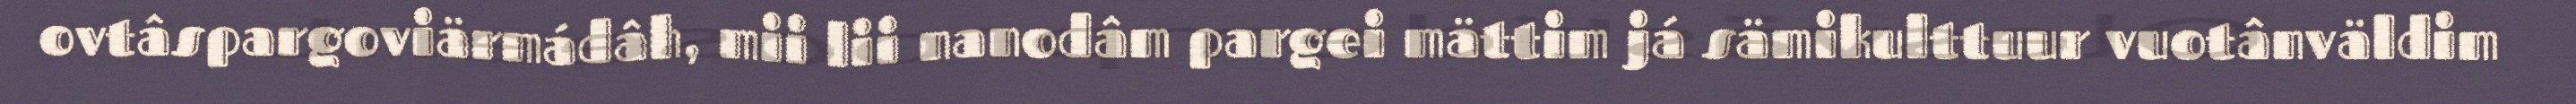
ovtâspargoviärmádâh, mii lii nanodâm pargei mättim já sämikulttuur vuotânväldim